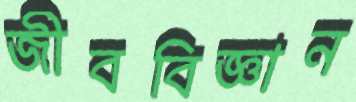
জীববিজ্ঞান